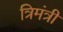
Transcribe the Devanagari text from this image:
त्रिमंत्री